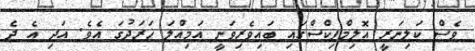
ވެސް ކަލިނަރީ އޮލިމްޕިކްސްގައި ބައިވެރިވަނީ އަމިއްލަ ޚަރަދުގަ އެވެ. އަދި އެ ދެ